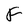
Character: F